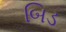
બિડ